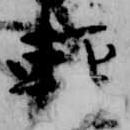
軽